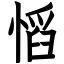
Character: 慆